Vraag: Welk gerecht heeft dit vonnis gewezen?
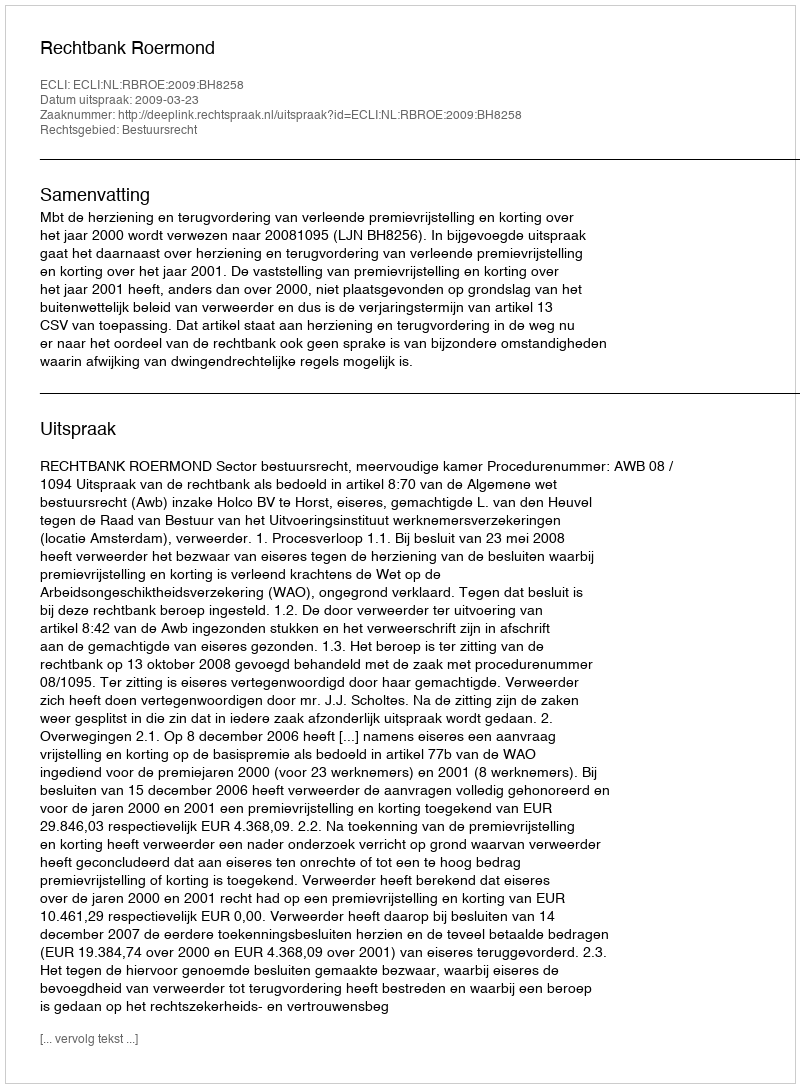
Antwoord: Rechtbank Roermond